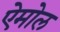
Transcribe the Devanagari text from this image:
ऐमोल